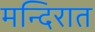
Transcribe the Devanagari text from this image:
मन्दिरात